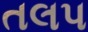
તલપ